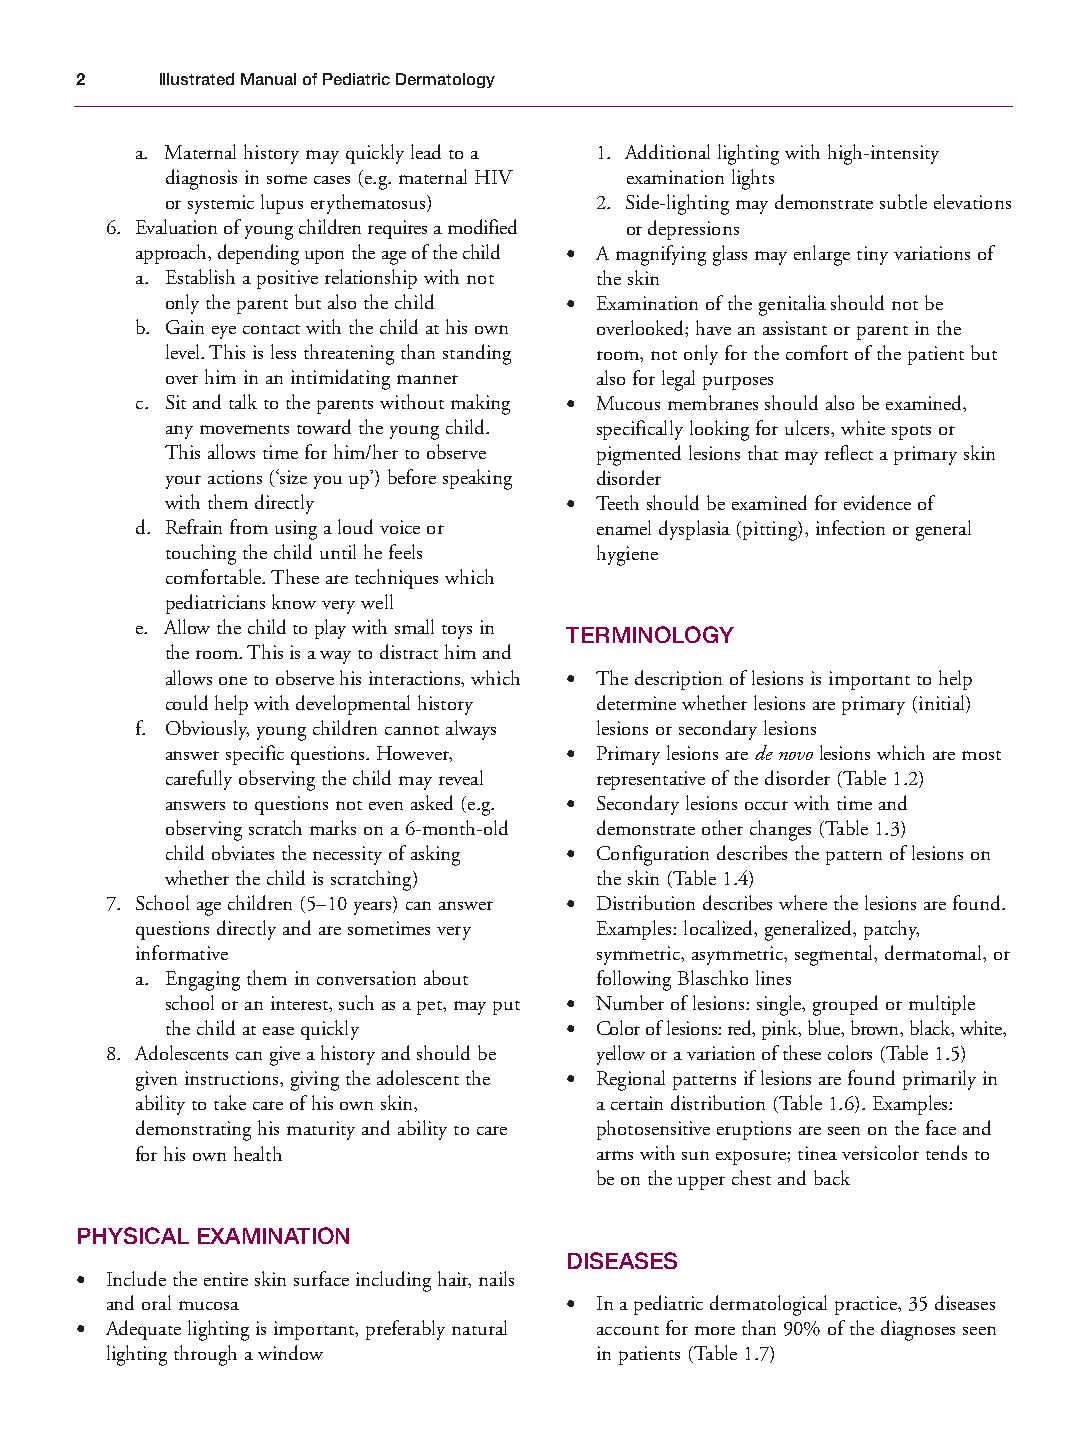
Mallory Chapter 01 27/1/05 1:18 pm Page 2
 2    Illustrated Manual of Pediatric Dermatology
 a. Maternal history may quickly lead to a 1. Additional lighting with high-intensity
 diagnosis in some cases (e.g. maternal HIV examination lights
 or systemic lupus erythematosus) 2. Side-lighting may demonstrate subtle elevations
 6. Evaluation of young children requires a modified or depressions
 approach, depending upon the age of the child • A magnifying glass may enlarge tiny variations of
 a. Establish a positive relationship with not the skin
 only the parent but also the child • Examination of the genitalia should not be
 b. Gain eye contact with the child at his own overlooked; have an assistant or parent in the
 level. This is less threatening than standing room, not only for the comfort of the patient but
 over him in an intimidating manner also for legal purposes
 c. Sit and talk to the parents without making • Mucous membranes should also be examined,
 any movements toward the young child. specifically looking for ulcers, white spots or
 This allows time for him/her to observe pigmented lesions that may reflect a primary skin
 your actions (‘size you up’) before speaking disorder
 with them directly        • Teeth should be examined for evidence of
 d. Refrain from using a loud voice or enamel dysplasia (pitting), infection or general
 touching the child until he feels hygiene
 comfortable. These are techniques which
 pediatricians know very well
 e. Allow the child to play with small toys in TERMINOLOGY
 the room. This is a way to distract him and
 allows one to observe his interactions, which • The description of lesions is important to help
 could help with developmental history determine whether lesions are primary (initial)
 f. Obviously, young children cannot always lesions or secondary lesions
 answer specific questions. However, • Primary lesions are de novolesions which are most
 carefully observing the child may reveal representative of the disorder (Table 1.2)
 answers to questions not even asked (e.g. • Secondary lesions occur with time and
 observing scratch marks on a 6-month-old demonstrate other changes (Table 1.3)
 child obviates the necessity of asking • Configuration describes the pattern of lesions on
 whether the child is scratching) the skin (Table 1.4)
 7. School age children (5–10 years) can answer • Distribution describes where the lesions are found.
 questions directly and are sometimes very Examples: localized, generalized, patchy,
 informative                   symmetric, asymmetric, segmental, dermatomal, or
 a. Engaging them in conversation about following Blaschko lines
 school or an interest, such as a pet, may put • Number of lesions: single, grouped or multiple
 the child at ease quickly • Color of lesions: red, pink, blue, brown, black, white,
 8. Adolescents can give a history and should be yellow or a variation of these colors (Table 1.5)
 given instructions, giving the adolescent the • Regional patterns if lesions are found primarily in
 ability to take care of his own skin, a certain distribution (Table 1.6). Examples:
 demonstrating his maturity and ability to care photosensitive eruptions are seen on the face and
 for his own health            arms with sun exposure; tinea versicolor tends to
 be on the upper chest and back
 PHYSICAL EXAMINATION
 DISEASES
 • Include the entire skin surface including hair, nails
 and oral mucosa               • In a pediatric dermatological practice, 35 diseases
 • Adequate lighting is important, preferably natural account for more than 90% of the diagnoses seen
 lighting through a window       in patients (Table 1.7)